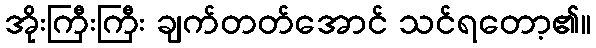
အိုးကြီးကြီး ချက်တတ်အောင် သင်ရတော့၏။